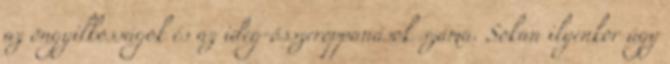
az öngyilkosságok és az ideg-összeroppanások száma. Sokan ilyenkor úgy